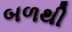
બળથી